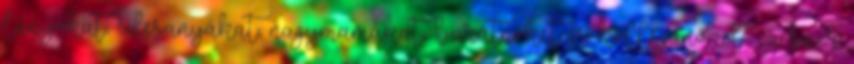
lányokat, édesanyákat, nagymamákat, barátnőket és kolléganőket – a szer